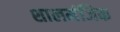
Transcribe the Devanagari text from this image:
शालमंजिक